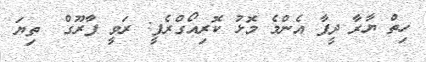
ހިތް ޔާރާ ދީފާ އެންމެ މޮޅު ކޮރިއޯގްރެފީ: ރަވީ ފާރޫގް  ތިޔަ